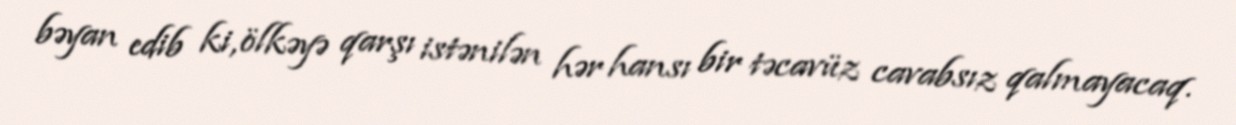
bəyan edib ki, ölkəyə qarşı istənilən hər hansı bir təcavüz cavabsız qalmayacaq.